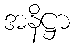
အနိဋ္ဌာ